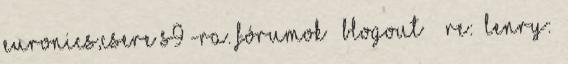
euronics,csere S9 -ra. Fórumok » BLOGOUT » Re: Lenry: